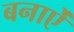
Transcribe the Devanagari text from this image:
बनाऐं